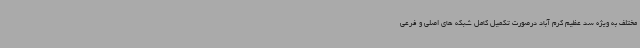
مختلف به ویژه سد عظیم کرم آباد درصورت تکمیل کامل شبکه های اصلی و فرعی